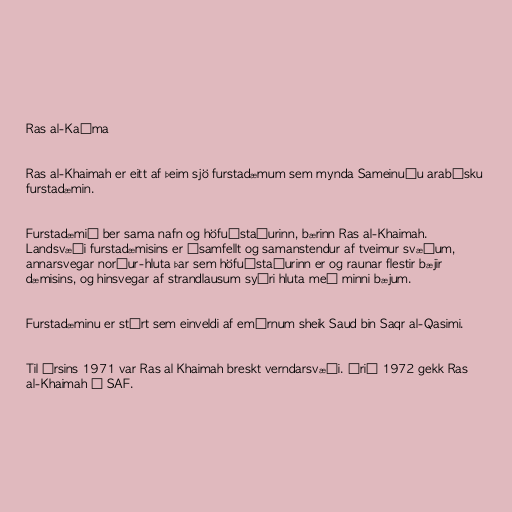
Ras al-Kaíma

Ras al-Khaimah er eitt af þeim sjö furstadæmum sem mynda Sameinuðu arabísku
furstadæmin.

Furstadæmið ber sama nafn og höfuðstaðurinn, bærinn Ras al-Khaimah.
Landsvæði furstadæmisins er ósamfellt og samanstendur af tveimur svæðum,
annarsvegar norður-hluta þar sem höfuðstaðurinn er og raunar flestir bæjir
dæmisins, og hinsvegar af strandlausum syðri hluta með minni bæjum.

Furstadæminu er stýrt sem einveldi af emírnum sheik Saud bin Saqr al-Qasimi.

Til ársins 1971 var Ras al Khaimah breskt verndarsvæði. Árið 1972 gekk Ras
al-Khaimah í SAF.